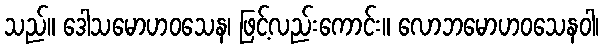
သည်။ ဒေါသမောဟဝသေန၊ ဖြင့်လည်းကောင်း။ လောဘမောဟဝသေနဝါ၊